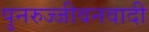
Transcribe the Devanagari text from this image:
पुनरुज्जीवनवादी